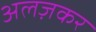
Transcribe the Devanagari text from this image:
अलज़कर